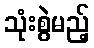
သုံးစွဲမည့်